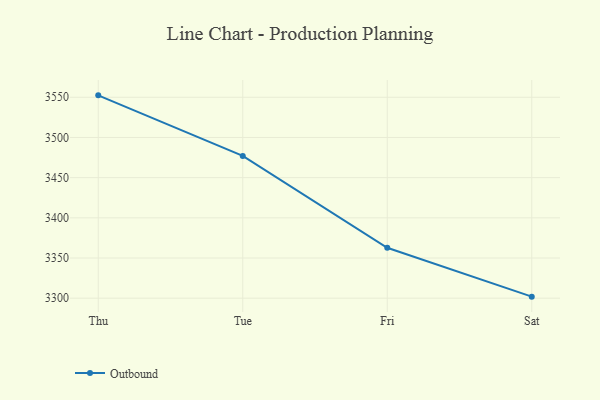
{"axis": {"x": "Day", "y": "Energy Usage (MWh)"}, "legend": ["Outbound"], "data": [{"x": "Thu", "y": 3552.4, "type": "Outbound"}, {"x": "Tue", "y": 3477.0, "type": "Outbound"}, {"x": "Fri", "y": 3362.7, "type": "Outbound"}, {"x": "Sat", "y": 3301.9, "type": "Outbound"}]}